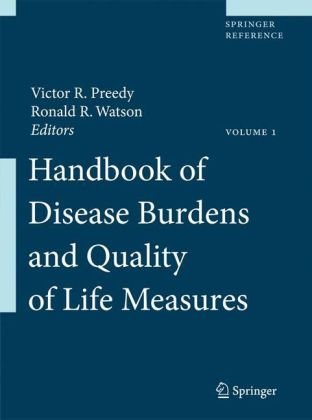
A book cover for Handbook of Disease Burdens and Quality of Life Measures, Vol. 1 (Springer Reference); Self-Help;